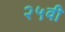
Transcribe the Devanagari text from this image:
२५वी